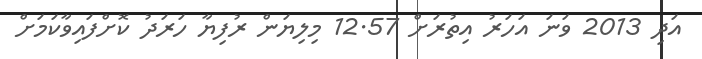
އަދި 2013 ވަނަ އަހަރު އިތުރަށް 12.57 މިލިޔަން ރުފިޔާ ހަރަދު ކޮށްފައިވާކަމަށް